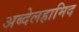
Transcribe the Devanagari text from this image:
अब्देलहामिद